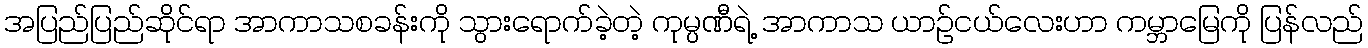
အပြည်ပြည်ဆိုင်ရာ အာကာသစခန်းကို သွားရောက်ခဲ့တဲ့ ကုမ္ပဏီရဲ့ အာကာသ ယာဉ်ငယ်လေးဟာ ကမ္ဘာမြေကို ပြန်လည်